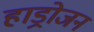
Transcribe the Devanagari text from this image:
हाड्रोजन